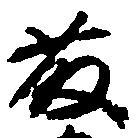
藤